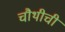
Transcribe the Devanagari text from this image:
चौथीची